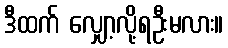
ဒီထက် လျှော့လို့ရဦးမလား။